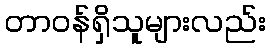
တာဝန်ရှိသူများလည်း